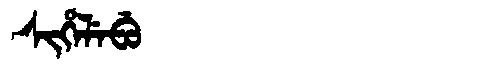
Manchu: ᠰᡳᡥᡝᠯᡝᠪᡠ
Romanization: SIHELEBU